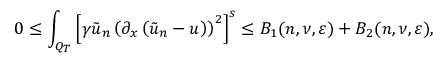
0 \leq \int _ { Q _ { T } } \left[ \gamma \tilde { u } _ { n } \left( \partial _ { x } \left( \tilde { u } _ { n } - u \right) \right) ^ { 2 } \right] ^ { s } \leq B _ { 1 } ( n , \nu , \varepsilon ) + B _ { 2 } ( n , \nu , \varepsilon ) ,